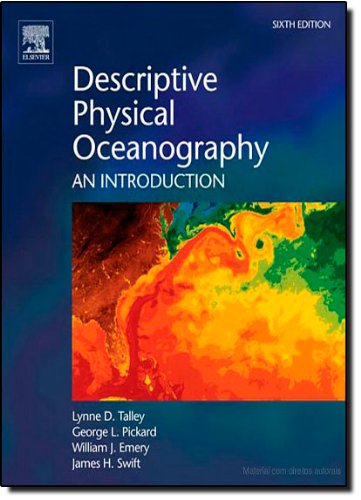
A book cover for Descriptive Physical Oceanography, Sixth Edition: An Introduction; Lynne D. Talley; Science & Math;